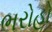
ભરોહો